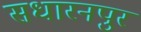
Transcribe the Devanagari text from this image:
सधारनपुर